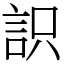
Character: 䛊